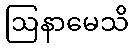
ဩနာမေသိ